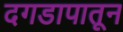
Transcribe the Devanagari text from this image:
दगडापातून